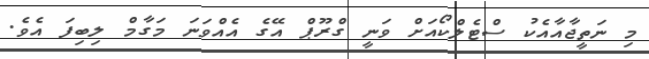
މި ނަތީޖާއާއެކު ސްޓެލްކޯއަށް ވަނީ ގްރޫޕް އޭގެ އެއްވަނަ މަގާމް ލިބިފަ އެވެ.